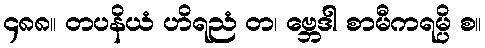
၄၈၈။ တပနိယံ ဟိရညံ တ၊ ဗ္ဘေဒါ စာမီကရမ္ပိ စ။